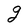
Character: g